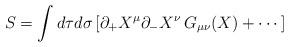
LaTeX: \begin{align*}S=\int d\tau d\sigma \,[\partial _{+}X^\mu \partial _{-}X^\nu \,G_{\mu \nu}(X)+\cdots ] \end{align*}